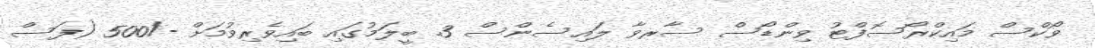
ވޯކްސް މައިކްރޯސޮފްޓު ވިންޑޯސް ސާރވާ ލައިސެންސް 3. ބީލަމުގައި ބައިވެރިވުމަށް -/500 (ފަސް